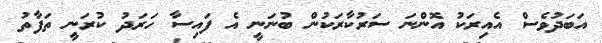
އަބަދުވެސް އެއިރަކު އޮންނަ ސަރުކާރަކުން ބުނަނީ އެ ފައިސާ ހަރަދު ކުރަނީ ތަފާތު